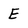
Character: E